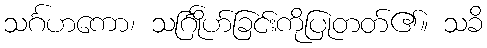
သင်္ဂဟကော၊ သင်္ဂြိုဟ်ခြင်းကိုပြုတတ်၏။ သခိ